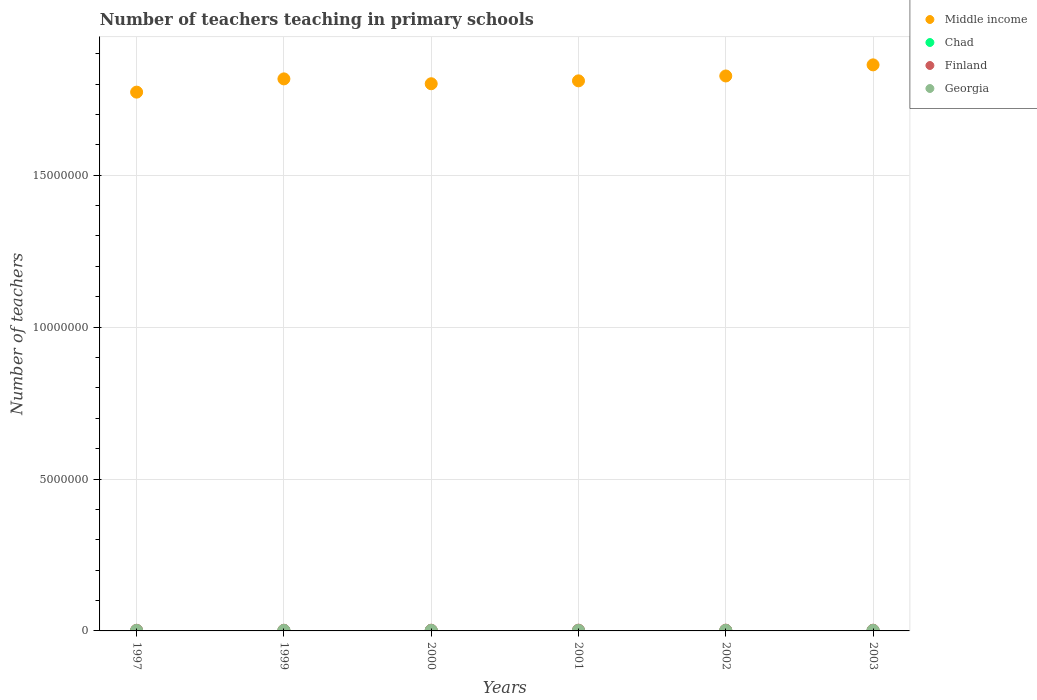
| Years | Middle income | Chad | Finland | Georgia |
 | --- | --- | --- | --- | --- |
 | 1997 | 1.77e+07 | 1.02e+04 | 2.15e+04 | 1.65e+04 |
 | 1999 | 1.82e+07 | 1.24e+04 | 2.22e+04 | 1.74e+04 |
 | 2000 | 1.8e+07 | 1.33e+04 | 2.33e+04 | 1.77e+04 |
 | 2001 | 1.81e+07 | 1.38e+04 | 2.47e+04 | 1.77e+04 |
 | 2002 | 1.83e+07 | 1.6e+04 | 2.53e+04 | 1.84e+04 |
 | 2003 | 1.86e+07 | 1.61e+04 | 2.4e+04 | 1.65e+04 |